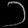
Digit: ၁